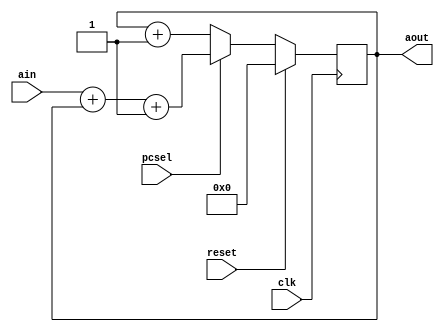
`ifndef __PC_V__
`define __PC_V__

module PC (
	input wire clk,
	input wire reset,
	input wire [31:0] ain,
	// pecsel = branch & zero
	output reg [31:0] aout,
	input wire pcsel
	);

	always @ (posedge clk)
	begin
		if (reset == 1)
		begin
			aout <= 32'b0;
		end
		else
		begin
			if (pcsel == 0)
			begin
				aout <= aout + 1;
			end
			if (pcsel == 1)
			begin
				aout <= ain + aout + 1; // branch
			end
		end
	end

endmodule

`endif /*__PC_V__*/